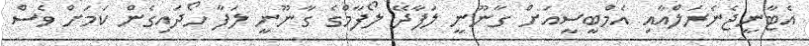
އެޓާނީޖެނެރަލްއާއި އެމްބީސީއަށް ގާނޫނީ ލަފާދޭ ލޯފާމްގެ ގާނޫނީ ލަފާ ހޯދައިގެން ކަމަށް ވެސް